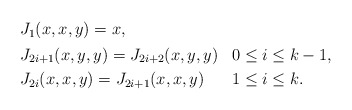
\begin{align*} \begin{aligned} & J_1(x,x,y) = x, \\ & \begin{aligned} & J_{2i+1}(x,y,y) = J_{2i+2}(x,y,y) & & 0\leq i\leq k-1, \\ & J_{2i}(x,x,y) = J_{2i+1}(x,x,y) & & 1\leq i\leq k. \end{aligned}\end{aligned} \end{align*}